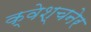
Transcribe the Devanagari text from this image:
क्वेश्चनेर